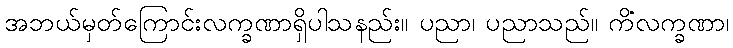
အဘယ်မှတ်ကြောင်းလက္ခဏာရှိပါသနည်း။ ပညာ၊ ပညာသည်။ ကိံလက္ခဏာ၊